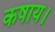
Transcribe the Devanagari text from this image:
कषाय।